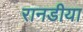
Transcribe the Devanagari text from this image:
रानडीया